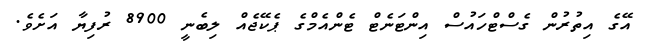
އޭގެ އިތުރުން ގެސްޓްހައުސް އިންޓަނެޓް ޓެންއެމްގެ ޕެކޭޖެއް ލިބެނީ 8900 ރުފިޔާ އަށެވެ.